Plague in India, 1896, 1897 - Volume 3
Year: 1896
Disease focus: Plague
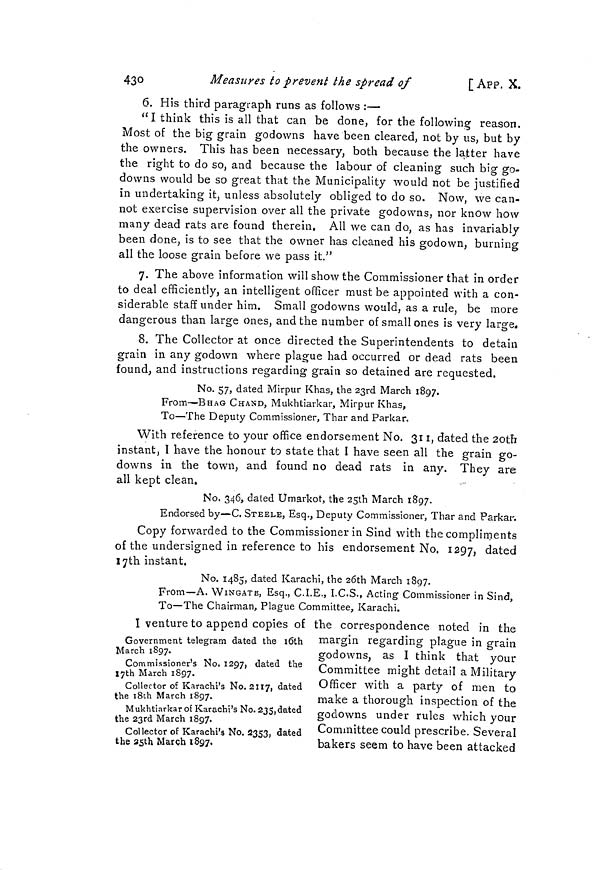
43°
Measures to prevent the spread of
[ APP. X.
6. His third paragraph runs as follows :—
"I think this is all that can be done, for the following reason.
Most of the big grain godowns have been cleared, not by us, but by
the owners. This has been necessary, both because the latter have
the right to do so, and because the labour of cleaning such big go-
downs would be so great that the Municipality would not be justified
in undertaking it, unless absolutely obliged to do so. Now, we can-
not exercise supervision over all the private godowns, nor know how
many dead rats are found therein. All we can do, as has invariably
been done, is to see that the owner has cleaned his godown, burning
all the loose grain before we pass it."
7. The above information will show the Commissioner that in order
to deal efficiently, an intelligent officer must be appointed with a con-
siderable staff under him. Small godowns would, as a rule, be more
dangerous than large ones, and the number of small ones is very large*
8. The Collector at once directed the Superintendents to detain
grain in any godown where plague had occurred or dead rats been
found, and instructions regarding grain so detained are requested.
No. 57, dated Mirpur Khas, the 23rd March 1897.
From—BHAG CHAND, Mukhtiarkar, Mirpur Khas,
To—The Deputy Commissioner, Thar and Parkar.
With reference to your office endorsement No. 311, dated the 2Otb
instant, I have the honour to state that I have seen all the grain go-
downs in the town, and found no dead rats in any. They are
all kept clean.
No. 346, dated Umarkot, the 25th March 1897.
Endorsed by—C. STEELE, Esq., Deputy Commissioner, Thar and Parkar.
Copy forwarded to the Commissioner in Sind with the compliments
of the undersigned in reference to his endorsement No. 1297, dated
lyth instant.
No. 1485, dated Karachi, the 26th March 1897.
From—A. WINGATE, Esq., C.I.E., I.C.S., Acting Commissioner in Sind,
To—The Chairman, Plague Committee, Karachi.
Government telegram dated the loth
March 1897.
Commissioner's No. 1297, dated the
I7th March 1897.
Collector of Karachi's No. 2117, dated
the i8th March 1897.
M ukhtiarkar of Karachi's No. 2J5, dated
the 23rd March 1897.
Collector of Karachi's No. 2353, dated
the ssth March 1897,
I venture to append copies of the correspondence noted in the
margin regarding plague in grain
godowns, as I think that your
Committee might detail a Military
Officer with a party of men to
make a thorough inspection of the
godowns under rules which your
Committee could prescribe. Several
bakers seem to have been attacked